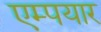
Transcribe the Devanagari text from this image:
एम्पयार